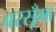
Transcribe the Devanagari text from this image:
बरसूँगा